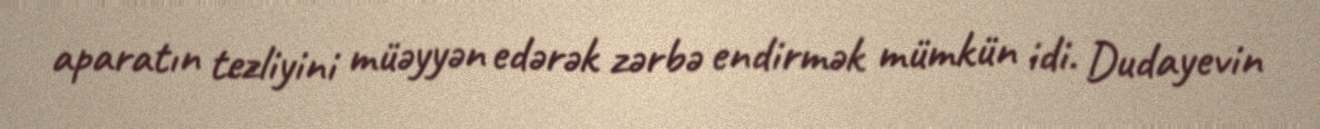
aparatın tezliyini müəyyən edərək zərbə endirmək mümkün idi. Dudayevin